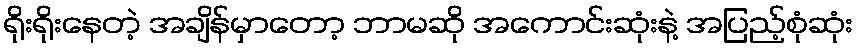
ရိုးရိုးနေတဲ့ အချိန်မှာတော့ ဘာမဆို အကောင်းဆုံးနဲ့ အပြည့်စုံဆုံး